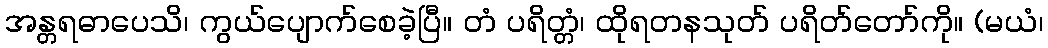
အန္တရဓာပေသိ၊ ကွယ်ပျောက်စေခဲ့ပြီ။ တံ ပရိတ္တံ၊ ထိုရတနသုတ် ပရိတ်တော်ကို။ (မယံ၊